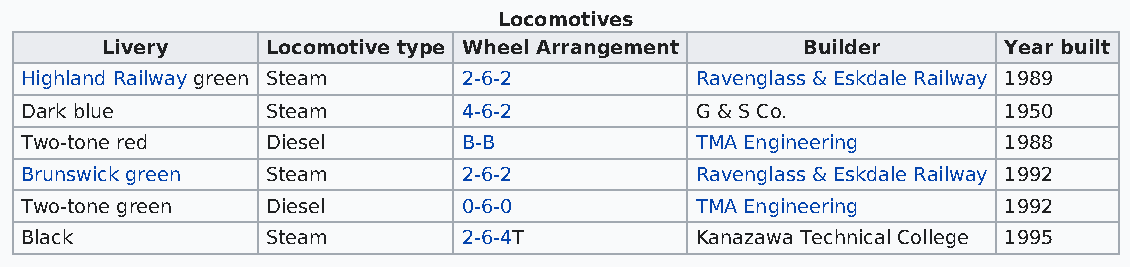
Locomotives
 Livery     Locomotive type Wheel Arrangement  Builder      Year built
 Highland Railway green Steam  2-6-2          Ravenglass & Eskdale Railway 1989
 Dark blue        Steam        4-6-2          G & S Co.           1950
 Two-tone red     Diesel       B-B            TMA Engineering     1988
 Brunswick green  Steam        2-6-2          Ravenglass & Eskdale Railway 1992
 Two-tone green   Diesel       0-6-0          TMA Engineering     1992
 Black            Steam        2-6-4T         Kanazawa Technical College 1995